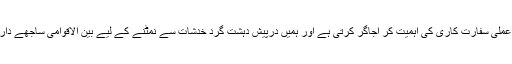
اْنھوں نے کہا کہ صدر کی حکمت عملی سفارت کاری کی اہمیت کر اجاگر کرتی ہے اور ہمیں درپیش دہشت گرد خدشات سے نمٹنے کے لیے بین الاقوامی ساجھے داری کے کردار کو نمایاں کرتی ہے۔